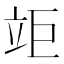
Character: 𥩰